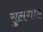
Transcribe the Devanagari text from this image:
सुलगाए